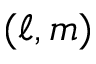
( \ell , m )